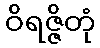
ဝိရဇ္ဇိတုံ